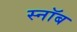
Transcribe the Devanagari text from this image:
स्नॉब